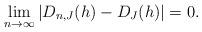
LaTeX: \begin{align*}\lim_{n \rightarrow \infty} |D_{n,J}(h)-D_J(h)|=0. \end{align*}